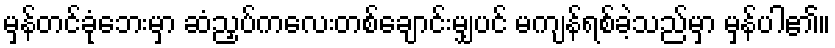
မှန်တင်ခုံဘေးမှာ ဆံညှပ်ကလေးတစ်ချောင်းမျှပင် မကျန်ရစ်ခဲ့သည်မှာ မှန်ပါ၏။